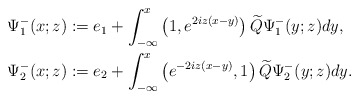
\begin{align*}&\Psi^-_1(x;z):=e_1+\int_{-\infty}^x\left(1,e^{2iz(x-y)}\right)\widetilde{Q} \Psi^-_1(y;z) dy, \\&\Psi^-_2(x;z):=e_2+\int_{-\infty}^x\left(e^{-2iz(x-y)},1\right)\widetilde{Q} \Psi^-_2(y;z) dy.\end{align*}